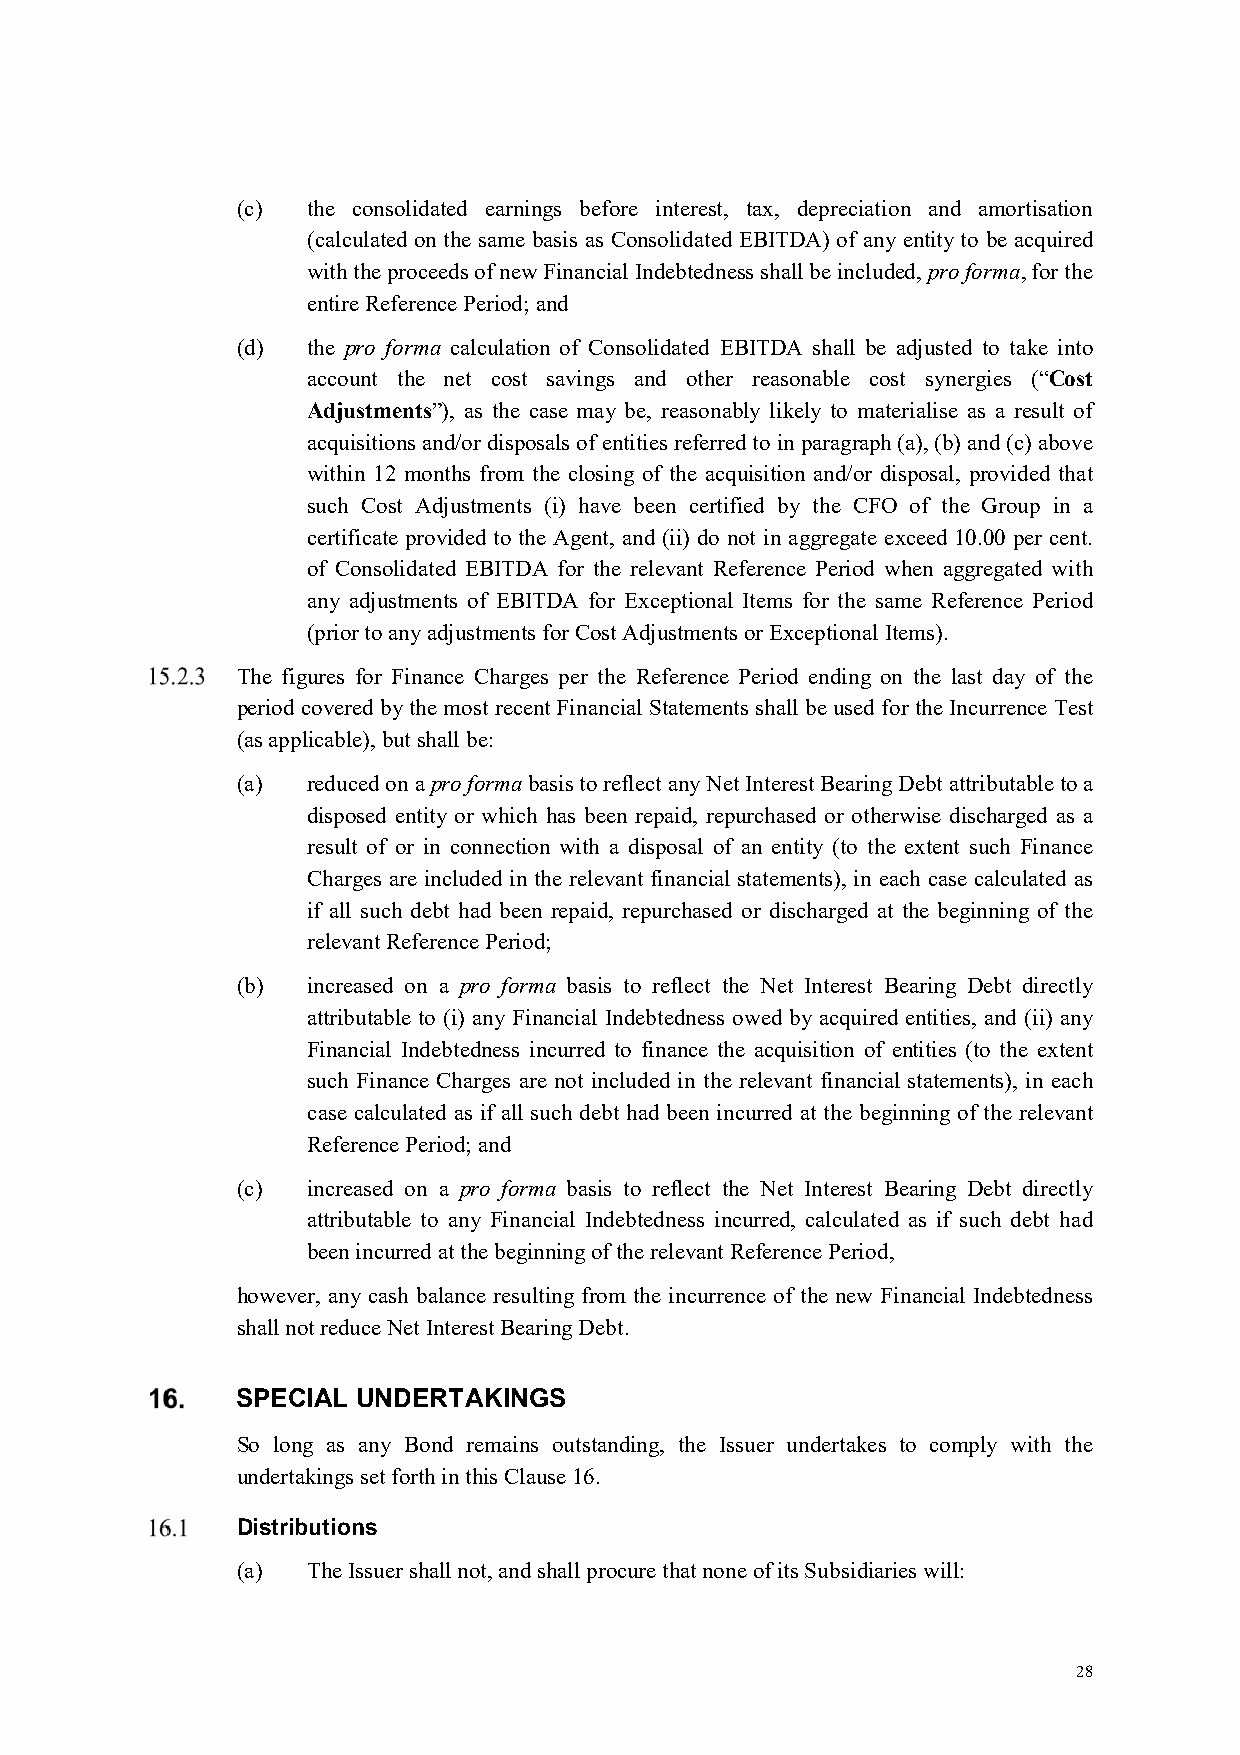
(c) the consolidated earnings before interest, tax, depreciation and amortisation
 (calculated on the same basis as Consolidated EBITDA) of any entity to be acquired
 with the proceeds of new Financial Indebtedness shall be included, pro forma, for the
 entire Reference Period; and
 (d) the pro forma calculation of Consolidated EBITDA shall be adjusted to take into
 account the net cost savings and other reasonable cost synergies (“Cost
 Adjustments”), as the case may be, reasonably likely to materialise as a result of
 acquisitions and/or disposals of entities referred to in paragraph (a), (b) and (c) above
 within 12 months from the closing of the acquisition and/or disposal, provided that
 such Cost Adjustments (i) have been certified by the CFO of the Group in a
 certificate provided to the Agent, and (ii) do not in aggregate exceed 10.00 per cent.
 of Consolidated EBITDA for the relevant Reference Period when aggregated with
 any adjustments of EBITDA for Exceptional Items for the same Reference Period
 (prior to any adjustments for Cost Adjustments or Exceptional Items).
 The figures for Finance Charges per the Reference Period ending on the last day of the
 period covered by the most recent Financial Statements shall be used for the Incurrence Test
 (as applicable), but shall be:
 (a) reduced on a pro forma basis to reflect any Net Interest Bearing Debt attributable to a
 disposed entity or which has been repaid, repurchased or otherwise discharged as a
 result of or in connection with a disposal of an entity (to the extent such Finance
 Charges are included in the relevant financial statements), in each case calculated as
 if all such debt had been repaid, repurchased or discharged at the beginning of the
 relevant Reference Period;
 (b) increased on a pro forma basis to reflect the Net Interest Bearing Debt directly
 attributable to (i) any Financial Indebtedness owed by acquired entities, and (ii) any
 Financial Indebtedness incurred to finance the acquisition of entities (to the extent
 such Finance Charges are not included in the relevant financial statements), in each
 case calculated as if all such debt had been incurred at the beginning of the relevant
 Reference Period; and
 (c) increased on a pro forma basis to reflect the Net Interest Bearing Debt directly
 attributable to any Financial Indebtedness incurred, calculated as if such debt had
 been incurred at the beginning of the relevant Reference Period,
 however, any cash balance resulting from the incurrence of the new Financial Indebtedness
 shall not reduce Net Interest Bearing Debt.
 SPECIAL UNDERTAKINGS
 So long as any Bond remains outstanding, the Issuer undertakes to comply with the
 undertakings set forth in this Clause 16.
 Distributions
 (a) The Issuer shall not, and shall procure that none of its Subsidiaries will:
 28